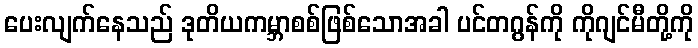
ပေးလျက်နေသည် ဒုတိယကမ္ဘာစစ်ဖြစ်သောအခါ ပင်တဂွန်ကို ကိုဂျင်မီတို့ကို